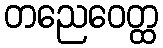
တညေဝေတ္ထ